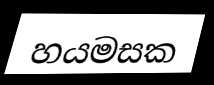
හයමසක